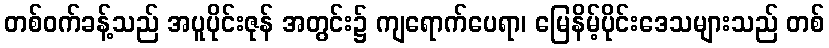
တစ်ဝက်ခန့်သည် အပူပိုင်းဇုန် အတွင်း၌ ကျရောက်ပေရာ၊ မြေနိမ့်ပိုင်းဒေသများသည် တစ်